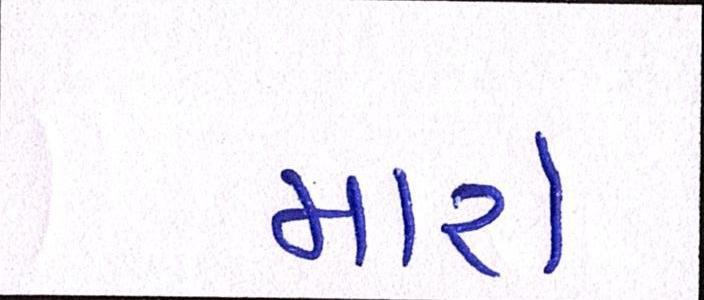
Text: મારો